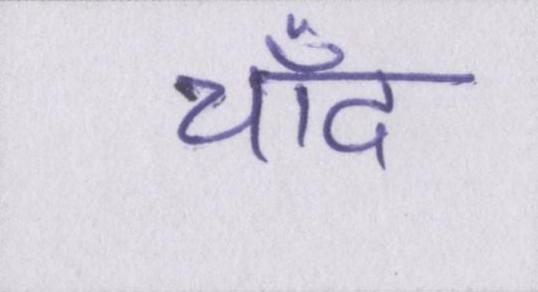
चाँद